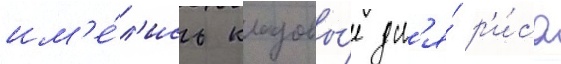
им'е́л'ись кладовы́е дл'я́ р'и́са